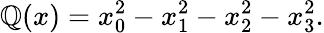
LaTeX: \mathbb{Q}(x)=x_{0}^{2}-x_{1}^{2}-x_{2}^{2}-x_{3}^{2}.